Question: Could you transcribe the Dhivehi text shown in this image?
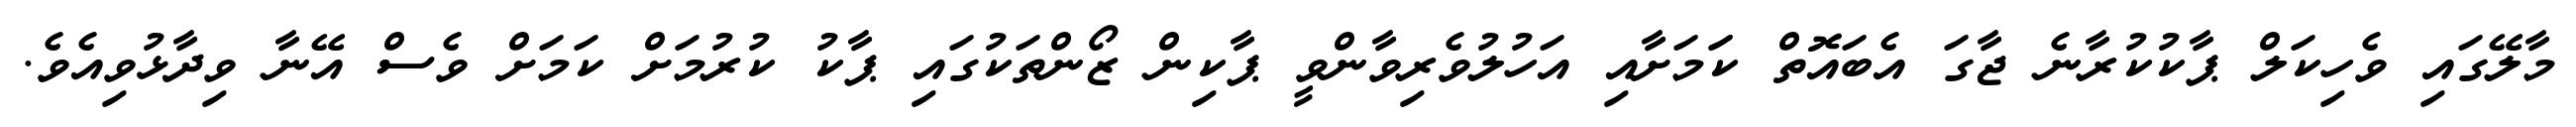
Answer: މާލޭގައި ވެހިކަލް ޕާކުކުރާނެ ޖާގަ އެބައޮތް ކަަމަށާއި އަހުލުވެރިވާންވީ ޕާކިން ޒޯންތަކުގައި ޕާކު ކުރުމަށް ކަމަށް ވެސް އޭނާ ވިދާޅުވިއެވެ.